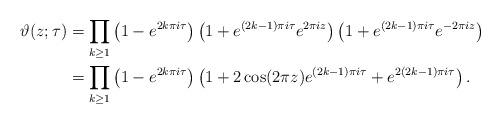
LaTeX: \begin{align*}\vartheta(z;\tau) & = \prod_{k \geq 1} \left(1 - e^{2 k \pi i \tau} \right) \left(1 + e^{(2k -1) \pi i \tau} e^{2 \pi i z} \right) \left(1 + e^{(2k -1) \pi i \tau} e^{-2 \pi i z} \right)\\& = \prod_{k \geq 1} \left(1 - e^{2 k \pi i \tau} \right) \left(1 + 2 \cos(2 \pi z) e^{(2k-1)\pi i \tau} + e^{2 (2k-1) \pi i \tau} \right).\end{align*}